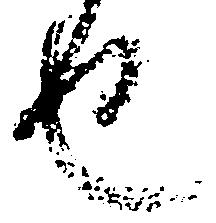
也